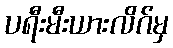
ပရီးမီးယားလိဂ်မှ